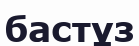
бастұз